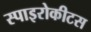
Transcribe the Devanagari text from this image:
स्पाइरोकीटस